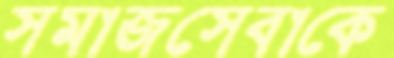
সমাজসেবাকে